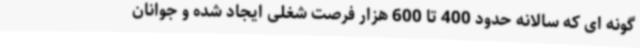
گونه ای که سالانه حدود 400 تا 600 هزار فرصت شغلی ایجاد شده و جوانان